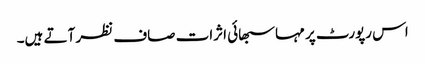
اس رپورٹ پر مہاسبھائی اثرات صاف نظر آتے ہیں۔